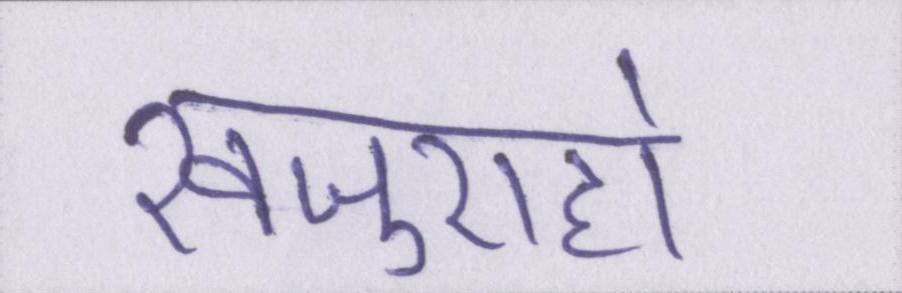
खजुराहो